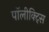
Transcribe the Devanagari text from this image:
पॉलीक्ट्सि